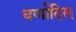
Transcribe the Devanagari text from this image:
वर्णादिस्‌